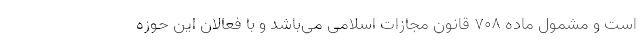
است و مشمول ماده ۷۰۸ قانون مجازات اسلامی می‌باشد و با فعالان این حوزه